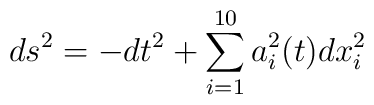
ds^2 = -dt^2 + \sum_{i=1}^{10} a_i^2(t) dx_i^2